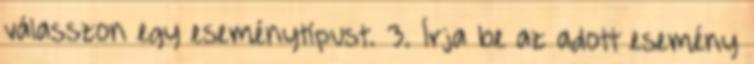
válasszon egy eseménytípust. 3. Írja be az adott esemény